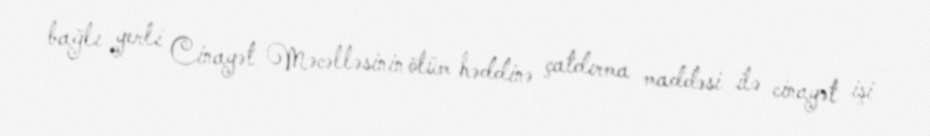
bağlı yerli Cinayət Məcəlləsinin ölüm həddinə çatdırma maddəsi ilə cinayət işi